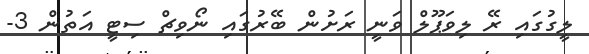
ލީގުގައި ރޭ ލިވަޕޫލް ވަނީ ރަށުން ބޭރުގައި ނޯވިޗް ސިޓީ އަތުން 3-